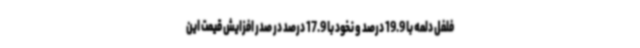
فلفل دلمه با 19.9 درصد و نخود با 17.9 درصد در صدر افزایش قیمت این